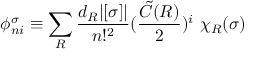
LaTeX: \phi _ { n i } ^ { \sigma } \equiv \sum _ { R } \frac { d _ { R } | [ \sigma ] | } { n ! ^ { 2 } } ( \frac { { \tilde { C } } ( R ) } { 2 } ) ^ { i } \ \chi _ { R } ( \sigma )